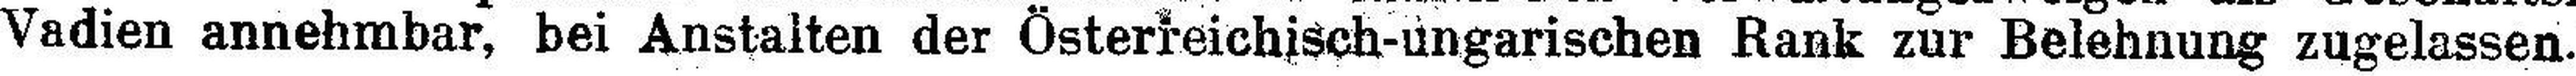
Vadien annehmbar, bei Anstalten der Österreichisch-ungarischen Rank zur Belehnung zugelassen.